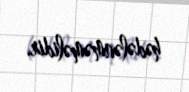
hədələnməməlidir.